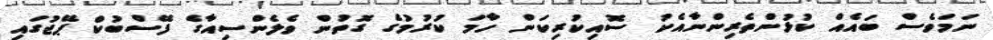
ނަމަވެސް ބައެއް ކުޅުންތެރިންނާއެކު ސޮއިކުރިކަން ހާމަ ކުރުމުގެ ގޮތުން ވެލެންސިއާގެ ފޭސްބުކް ޕޭޖުގައި